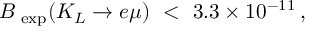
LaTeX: B _ { \mathrm { \scriptsize ~ e x p } } ( K _ { L } \to e \mu ) \ < \ 3 . 3 \times 1 0 ^ { - 1 1 } \, ,